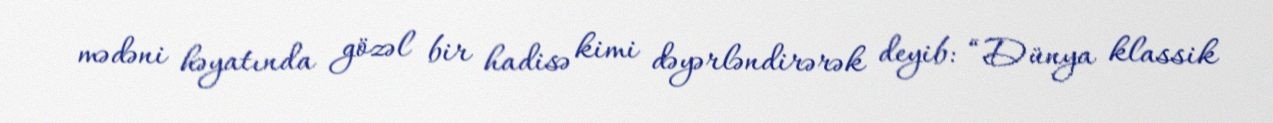
mədəni həyatında gözəl bir hadisə kimi dəyərləndirərək deyib: “Dünya klassik